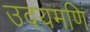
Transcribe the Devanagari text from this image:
उदयमणि